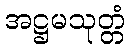
အဋ္ဌမသုတ္တံ